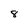
Character: 8